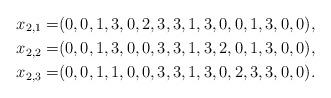
LaTeX: \begin{align*}x_{2,1}=&( 0, 0, 1, 3, 0, 2, 3, 3, 1, 3, 0, 0, 1, 3, 0, 0),\\x_{2,2}=&( 0, 0, 1, 3, 0, 0, 3, 3, 1, 3, 2, 0, 1, 3, 0, 0),\\x_{2,3}=&( 0, 0, 1, 1, 0, 0, 3, 3, 1, 3, 0, 2, 3, 3, 0, 0).\end{align*}